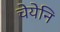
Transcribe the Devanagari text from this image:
चेयेनि